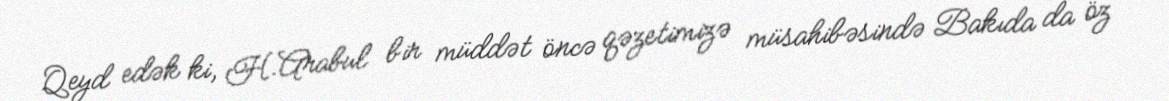
Qeyd edək ki, H.Arabul bir müddət öncə qəzetimizə müsahibəsində Bakıda da öz